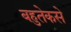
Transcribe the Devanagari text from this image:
बहुतेकसे